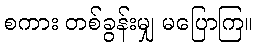
စကား တစ်ခွန်းမျှ မပြောကြ။